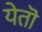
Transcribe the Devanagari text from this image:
येतॊ